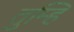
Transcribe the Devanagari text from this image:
तुम्हि